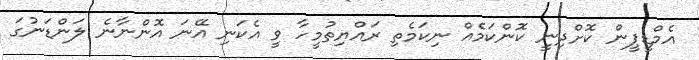
އެމްޑީޕީން ކޮށްދިނީ ކޮންކަމެއް ނިކަމެތި ރައްޔިތުމީހާ ވީ އެކަނި އޭނަ އޮންނާނެ ލަންޑަނުގަ